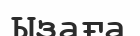
Ызаға